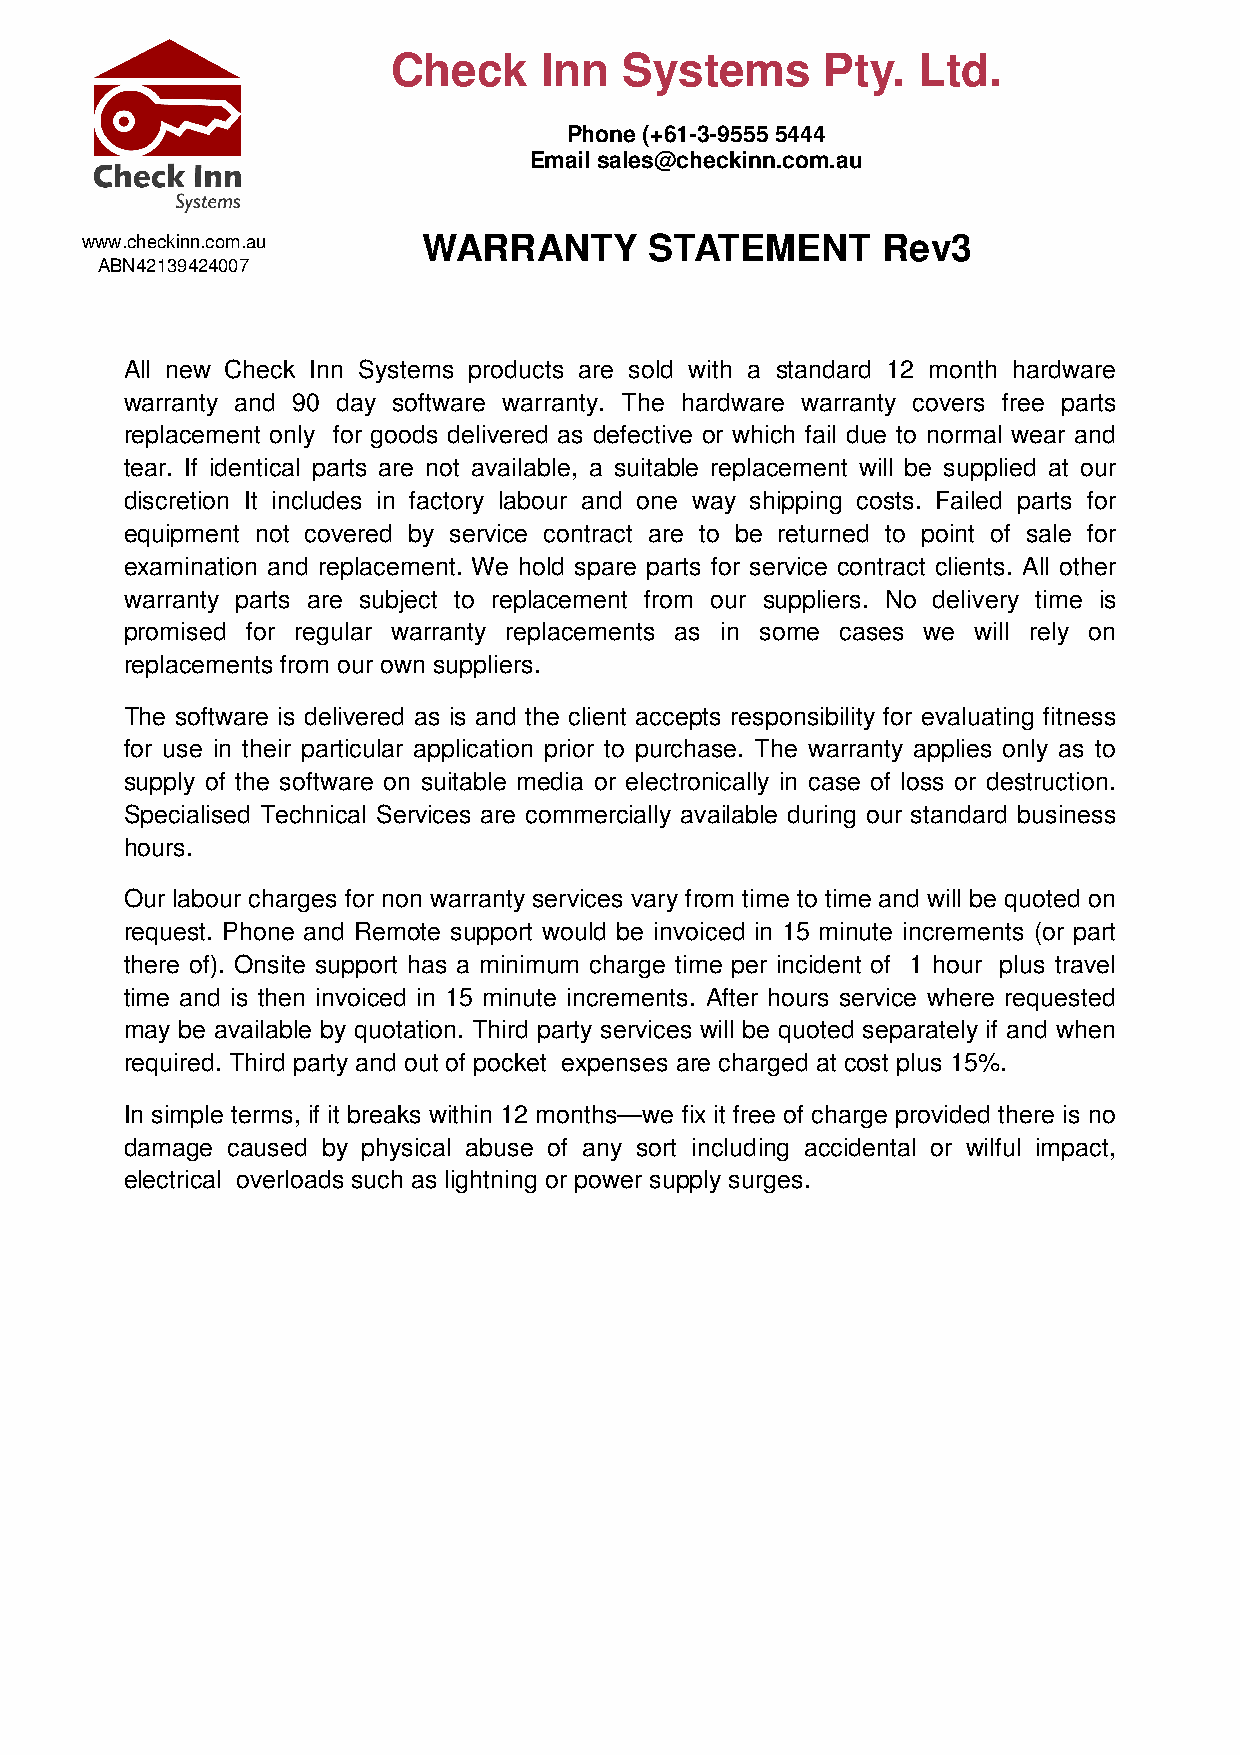
Check     Inn  Systems       Pty.  Ltd.
 Phone (+61-3-9555 5444
 Email sales@checkinn.com.au
 www.checkinn.com.au    WARRANTY       STATEMENT      Rev3
 ABN42139424007
 All new Check Inn Systems products are sold with a standard 12 month hardware
 warranty and 90 day software warranty. The hardware warranty covers free parts
 replacement only for goods delivered as defective or which fail due to normal wear and
 tear. If identical parts are not available, a suitable replacement will be supplied at our
 discretion It includes in factory labour and one way shipping costs. Failed parts for
 equipment not covered by service contract are to be returned to point of sale for
 examination and replacement. We hold spare parts for service contract clients. All other
 warranty parts are subject to replacement from our suppliers. No delivery time is
 promised for regular warranty replacements as in some cases we will rely on
 replacements from our own suppliers.
 The software is delivered as is and the client accepts responsibility for evaluating fitness
 for use in their particular application prior to purchase. The warranty applies only as to
 supply of the software on suitable media or electronically in case of loss or destruction.
 Specialised Technical Services are commercially available during our standard business
 hours.
 Our labour charges for non warranty services vary from time to time and will be quoted on
 request. Phone and Remote support would be invoiced in 15 minute increments (or part
 there of). Onsite support has a minimum charge time per incident of 1 hour plus travel
 time and is then invoiced in 15 minute increments. After hours service where requested
 may be available by quotation. Third party services will be quoted separately if and when
 required. Third party and out of pocket expenses are charged at cost plus 15%.
 In simple terms, if it breaks within 12 months—we fix it free of charge provided there is no
 damage caused by physical abuse of any sort including accidental or wilful impact,
 electrical overloads such as lightning or power supply surges.